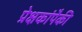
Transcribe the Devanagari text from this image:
प्रेक्षकांपैकी